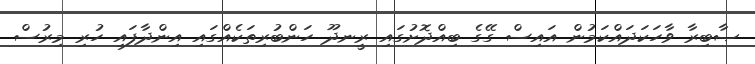
ޞާބިރާ ވާހަކަދައްކަމުން އައިސް ގޭގެ ބިއްދޮށުގައި ރީނދޫ ހަންބުރިތަކެއްގައި އިންދާފައި ހުރި މިރުސް